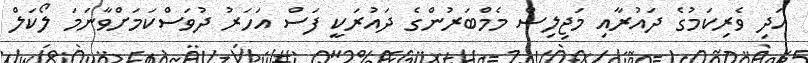
އަދި ވެރިކަމުގެ ދައުރާއި މަޖިލިސް މެމްބަރުންގެ ދައުރަކީ ފަސް އަހަރު ދުވަސްކަމަށްވާނަމަ ލޯކަލް